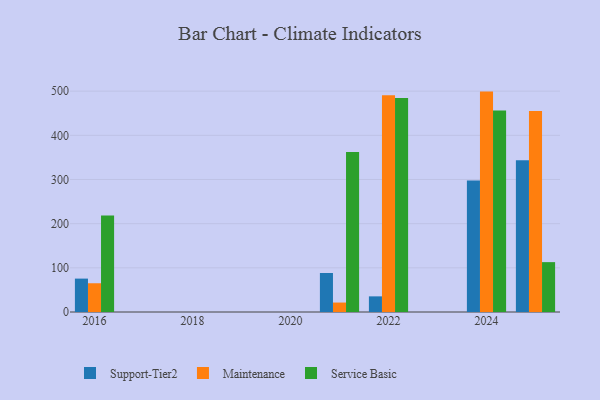
{"axis": {"x": "Year", "y": "Headcount"}, "legend": ["Maintenance", "Service Basic", "Support-Tier2"], "data": [{"x": "2022", "y": 35.4, "type": "Support-Tier2"}, {"x": "2022", "y": 490.8, "type": "Maintenance"}, {"x": "2022", "y": 484.5, "type": "Service Basic"}, {"x": "2025", "y": 343.4, "type": "Support-Tier2"}, {"x": "2025", "y": 455.3, "type": "Maintenance"}, {"x": "2025", "y": 112.9, "type": "Service Basic"}, {"x": "2024", "y": 298.0, "type": "Support-Tier2"}, {"x": "2024", "y": 499.0, "type": "Maintenance"}, {"x": "2024", "y": 456.3, "type": "Service Basic"}, {"x": "2021", "y": 88.3, "type": "Support-Tier2"}, {"x": "2021", "y": 21.4, "type": "Maintenance"}, {"x": "2021", "y": 362.1, "type": "Service Basic"}, {"x": "2016", "y": 75.6, "type": "Support-Tier2"}, {"x": "2016", "y": 65.1, "type": "Maintenance"}, {"x": "2016", "y": 218.4, "type": "Service Basic"}]}